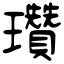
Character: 瓚